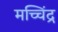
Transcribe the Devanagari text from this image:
मच्चिंद्र